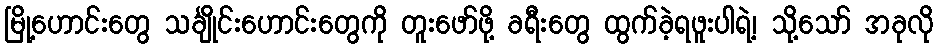
မြို့ဟောင်းတွေ သင်္ချိုင်းဟောင်းတွေကို တူးဖော်ဖို့ ခရီးတွေ ထွက်ခဲ့ရဖူးပါရဲ့၊ သို့သော် အခုလို